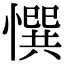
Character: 㦏